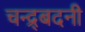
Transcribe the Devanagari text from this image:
चन्द्र्बदनी